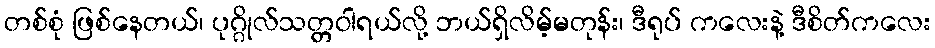
တစ်စုံ ဖြစ်နေတယ်၊ ပုဂ္ဂိုလ်သတ္တဝါရယ်လို့ ဘယ်ရှိလိမ့်မတုန်း၊ ဒီရုပ် ကလေးနဲ့ ဒီစိတ်ကလေး